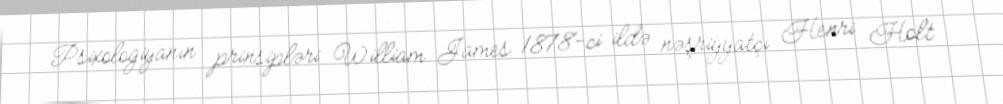
Psixologiyanın prinsipləri William James 1878-ci ildə nəşriyyatçı Henri Holt